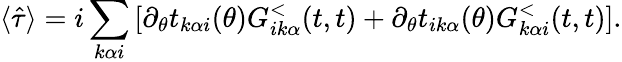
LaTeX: \langle\hat{\tau}\rangle=i\sum_{k\alpha i}\left[\partial_{\theta}t_{k\alpha i}(\theta)G_{ik\alpha}^{<}(t,t)+\partial_{\theta}t_{ik\alpha}(\theta)G_{k\alpha i}^{<}(t,t)\right].